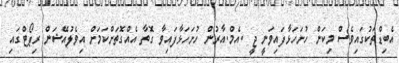
އެބިޑްތަކުގައިވެސް މިކަން ހުށަހަޅާފައިވަނީ ޖީ .އެމް.އާރުން ހުށަހަޅާފައިވާ ގޮތާ އެއްގޮތަށްކަމަށް އިވެލުއޭޝަން ރިޕޯޓްގައި